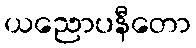
ယညောပနီတော